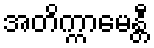
အတိက္ကာမေန္တီ